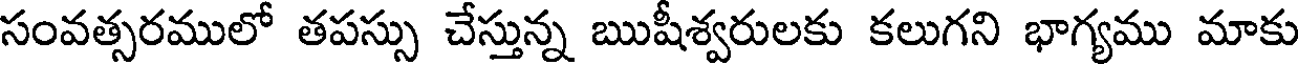
సంవత్సరములో తపస్సు చేస్తున్న ఋషీశ్వరులకు కలుగని భాగ్యము మాకు